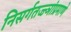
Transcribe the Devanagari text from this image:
निसर्गतज्ज्ञांप्रमाणे